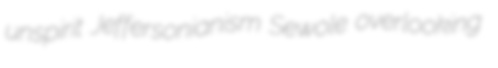
unspirit Jeffersonianism Sewole overlooking